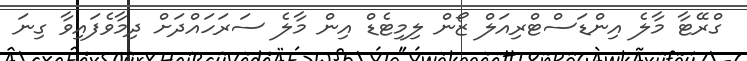
ގްރޭޓާ މާލެ އިންޑަސްޓްރިއަލް ޒޯން ލިމިޓެޑް އިން މާލެ ސަރަހައްދަށް ދިމާވެފައިވާ ގިނަ